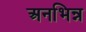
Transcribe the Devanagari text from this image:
अनभिन्न